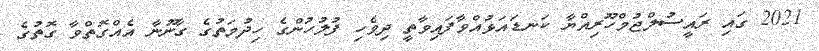
2021 ގައި ރައީސުލްޖުމްހޫރިއްޔާ ކަނޑައަޅުއްވާފައިވާތީ ދިވެހި ފުލުހުންގެ ހިދުމަތުގެ ގާނޫނާ އެއްގޮތްވާ ގޮތުގެ